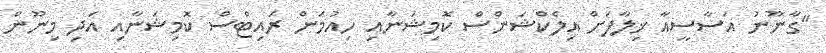
"ގާނޫނު އަސާސީއާ ޚިލާފަށް އިލެކްޝަންސް ކޮމިޝަނާއި ހިއުމަން ރައިޓްސް ކޮމިޝަނާއި އަދި މިނޫން